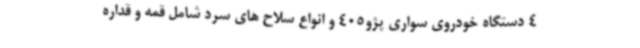
4 دستگاه خودروی سواری پژو405 و انواع سلاح های سرد شامل قمه و قداره